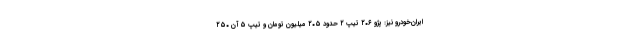
ایران‌خودرو نیز: پژو ۲۰۶ تیپ ۲ حدود ۲۰۵ میلیون تومان و تیپ ۵ آن ۲۵۰